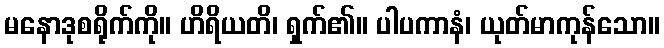
မနောဒုစရိုက်ကို။ ဟိရိယတိ၊ ရှက်၏။ ပါပကာနံ၊ ယုတ်မာကုန်သော။